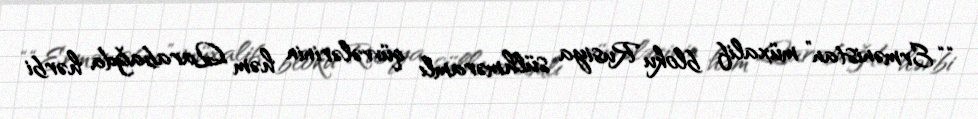
““Ermənistan” müxalif bloku Rusiya sülhməramlı qüvvələrinin həm Qarabağda hərbi